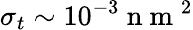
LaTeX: \sigma_{t}\sim 10^{-3}\mathrm{~n~m~}^{2}